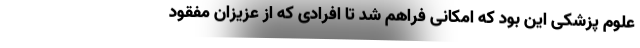
علوم پزشکی این بود که امکانی فراهم شد تا افرادی که از عزیزان مفقود